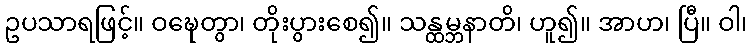
ဥပသာရဖြင့်။ ဝဍ္ဎေတွာ၊ တိုးပွားစေ၍။ သန္ထမ္ဘနာတိ၊ ဟူ၍။ အာဟ၊ ပြီ။ ဝါ၊